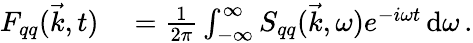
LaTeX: \begin{array}{rl}{F_{qq}(\vec{k},t)}&{{}=\frac{1}{2\pi}\int_{-\infty}^{\infty}S_{qq}(\vec{k},\omega)e^{-i\omega t}\, \mathrm{d}\omega\, .}\end{array}